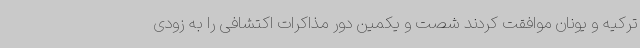
ترکیه و یونان موافقت کردند شصت و یکمین دور مذاکرات اکتشافی را به زودی